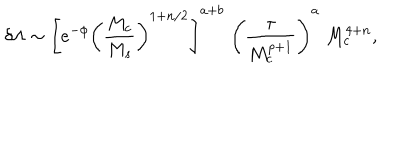
LaTeX: \delta \Lambda \sim \left[ e ^ { - \phi } \left( { \frac { M _ { c } } { M _ { s } } } \right) ^ { 1 + n / 2 } \right] ^ { a + b } \; \left( { \frac { \tau } { M _ { c } ^ { p + 1 } } } \right) ^ { a } \; M _ { c } ^ { 4 + n } ,